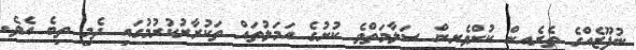
ނުފޫޒެއްގެ ތެރެއިން ކުށްވެރިން ސަލާމަތްވެ ކުށުގެ އަމަލުތައް ތަކުރާރުކުރުމުގައި ދެމި ތިބެ އެވެ.